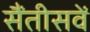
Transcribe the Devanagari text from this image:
सैंतीसवें